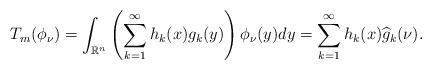
LaTeX: \begin{align*}T_{m}(\phi_\nu) =\int_{\mathbb{R}^n}\left(\sum_{k=1}^{\infty}h_k(x)g_{k}(y)\right)\phi_\nu(y)dy=\sum_{k=1}^{\infty}h_k(x)\widehat{g}_{k}(\nu).\end{align*}